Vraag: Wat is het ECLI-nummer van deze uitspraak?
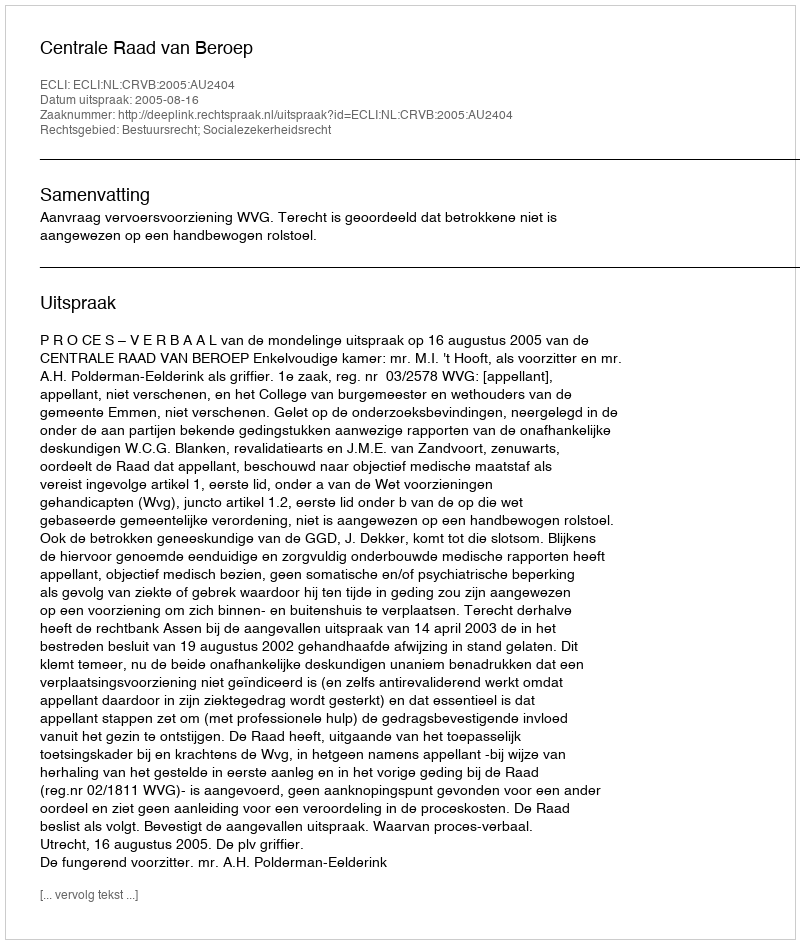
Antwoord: ECLI:NL:CRVB:2005:AU2404